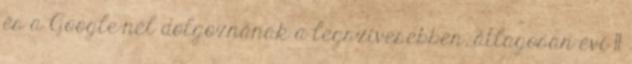
és a Google-nél dolgoznának a legszívesebben, átlagosan évi 11